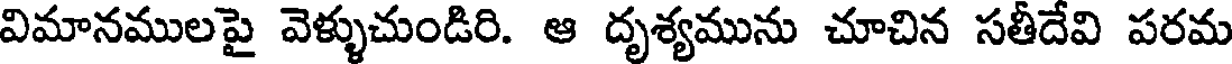
విమానములపై వెళ్ళుచుండిరి. ఆ దృశ్యమును చూచిన సతీదేవి పరమ